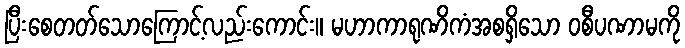
ပြီးစေတတ်သောကြောင့်လည်းကောင်း။ မဟာကာရုဏိကံအစရှိသော ဝစီပဏာမကို